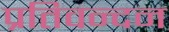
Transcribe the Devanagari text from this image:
प्रतिवन्दन